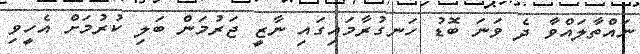
ނައްތާލައްވާ ދެ ވަނަ ބޮޑު ހަނގުރާމައިގައި ނާޒީ ޖަރުމަން ބަލި ކުރުމަށް އެހީވި